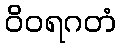
ဝိဝရဂတံ